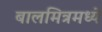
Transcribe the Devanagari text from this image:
बालमित्रमध्ये